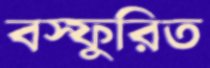
বস্ফুরিত